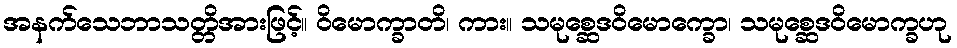
အနက်သေဘာသတ္တိအားဖြင့်။ ဝိမောက္ခာတိ၊ ကား။ သမုစ္ဆေဒဝိမောက္ခော၊ သမုစ္ဆေဒဝိမောက္ခဟု